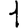
Digit: 1